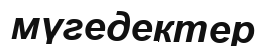
мүгедектер